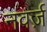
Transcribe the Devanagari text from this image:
नवर्ज़